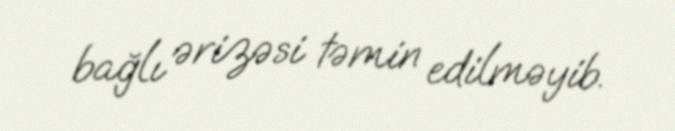
bağlı ərizəsi təmin edilməyib.